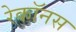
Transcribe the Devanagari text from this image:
रेकॉनस